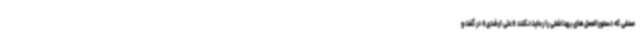
صنفی که دستورالعمل‌های بهداشتی را رعایت نکنند «علی ارشدی» در گفت و